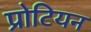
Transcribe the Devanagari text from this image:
प्रोटियन